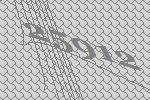
25912